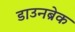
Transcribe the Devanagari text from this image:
डाउनब्रेक